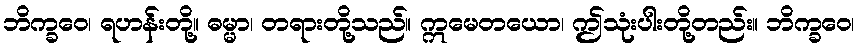
ဘိက္ခဝေ၊ ရဟန်းတို့။ ဓမ္မာ၊ တရားတို့သည်။ ဣမေတယော၊ ဤသုံးပါးတို့တည်း။ ဘိက္ခဝေ၊